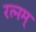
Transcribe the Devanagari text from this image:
रत्नम्‌